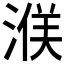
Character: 𪶤